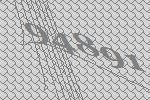
94891